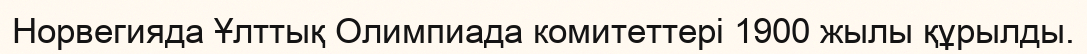
Норвегияда Ұлттық Олимпиада комитеттері 1900 жылы құрылды.